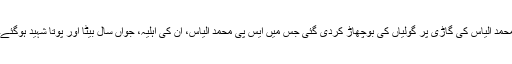
محمد الیاس کی گاڑی پر گولیاں کی بوچھاڑ کردی گئی جس میں ایس پی محمد الیاس، ان کی اہلیہ، جواں سال بیٹا اور پوتا شہید ہوگئے۔